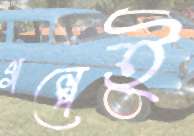
গল্পেই